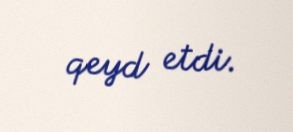
qeyd etdi.